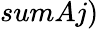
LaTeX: sumAj)